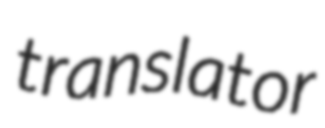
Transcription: translator